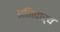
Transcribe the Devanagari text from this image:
अनिवार्य